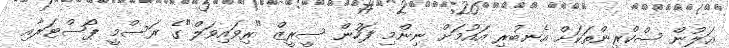
އަލުން ސްކްރީންތަކަށް އެނބުރި އައުމަށް ނިންމި ފަހުން ސީރީޒް "ރިވައިވަލް"ގެ ރަސްމީ ޕޯސްޓަރާއި